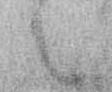
々